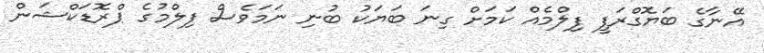
އޭނާގެ ބަޔޮގްރަފީ ފިލްމެއް ކަމަށް ގިނަ ބަޔަކު ބުނި ނަމަވެސް ފިލްމުގެ ޕްރޮޑަކްޝަން